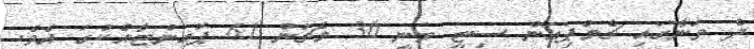
ދެ ވަނާގައި ޗެމްޕިއަން ސިޓީ ވަނީ 30 މެޗުން 61 ޕޮއިންޓާއެކުގަ އެވެ.